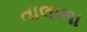
તાલાળા